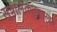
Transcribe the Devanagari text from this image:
सूत्रालंकारशास्त्रम्